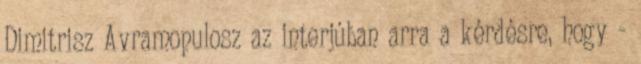
Dimitrisz Avramopulosz az interjúban arra a kérdésre, hogy -